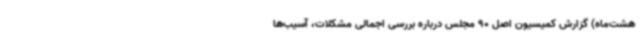
هشت‌ماه) گزارش کمیسیون اصل 90 مجلس درباره بررسی اجمالی مشکلات، آسیب‌ها